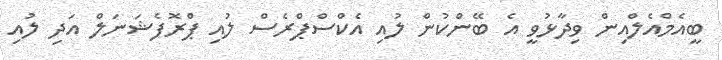
ބީއެމްއެލްއިން ވިދާޅުވީ އެ ބޭންކުން ލުއި އެކްސްޕްރެސް ލުއި ޕްރޮފެޝަނަލް އަދި ލުއި